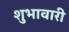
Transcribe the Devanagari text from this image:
शुभावारी